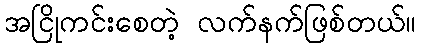
အငြိုကင်းစေတဲ့ လက်နက်ဖြစ်တယ်။